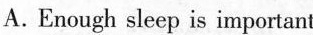
A.Enough sleep is important